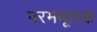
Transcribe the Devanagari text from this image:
परममूलक